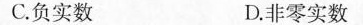
C.负实数 D.非零实数